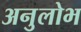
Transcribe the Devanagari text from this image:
अनुलोभ